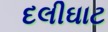
દલીઘાટ